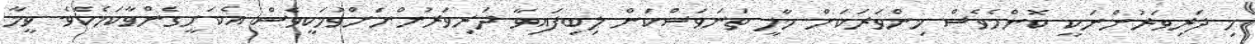
މި ދަރިވަރުންނަކީ ކޮންމެވެސް މިންވަރަކަށް މާލީ ތަނަވަސްކަން ލިބިފައިވާ ދަރިވަރުންނަށްވުމަކީވެސް އެކަށީގެންވާކަމެކެވެ. ވީމާ